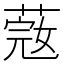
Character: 𦶲